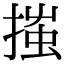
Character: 𢱟